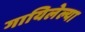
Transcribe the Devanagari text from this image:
गायिलेल्या